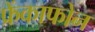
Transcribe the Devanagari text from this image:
फ्रेंकाफोन